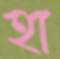
হা